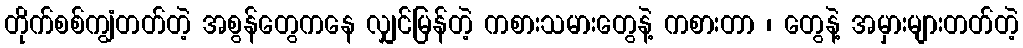
တိုက်စစ်ကျွံတတ်တဲ့ အစွန်တွေကနေ လျှင်မြန်တဲ့ ကစားသမားတွေနဲ့ ကစားတာ ၊ တွေနဲ့ အမှားများတတ်တဲ့